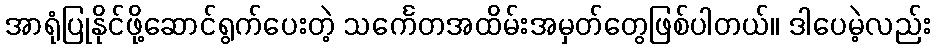
အာရုံပြုနိုင်ဖို့ဆောင်ရွက်ပေးတဲ့ သင်္ကေတအထိမ်းအမှတ်တွေဖြစ်ပါတယ်။ ဒါပေမဲ့လည်း